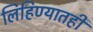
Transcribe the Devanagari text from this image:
लिहिण्यातही